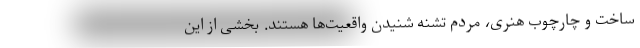
ساخت و چارچوب هنری، مردم تشنه شنیدن واقعیت‌ها هستند. بخشی از این